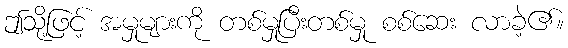
ဤသို့ဖြင့် အမှုများကို တစ်မှုပြီးတစ်မှု စစ်ဆေး လာခဲ့၏။